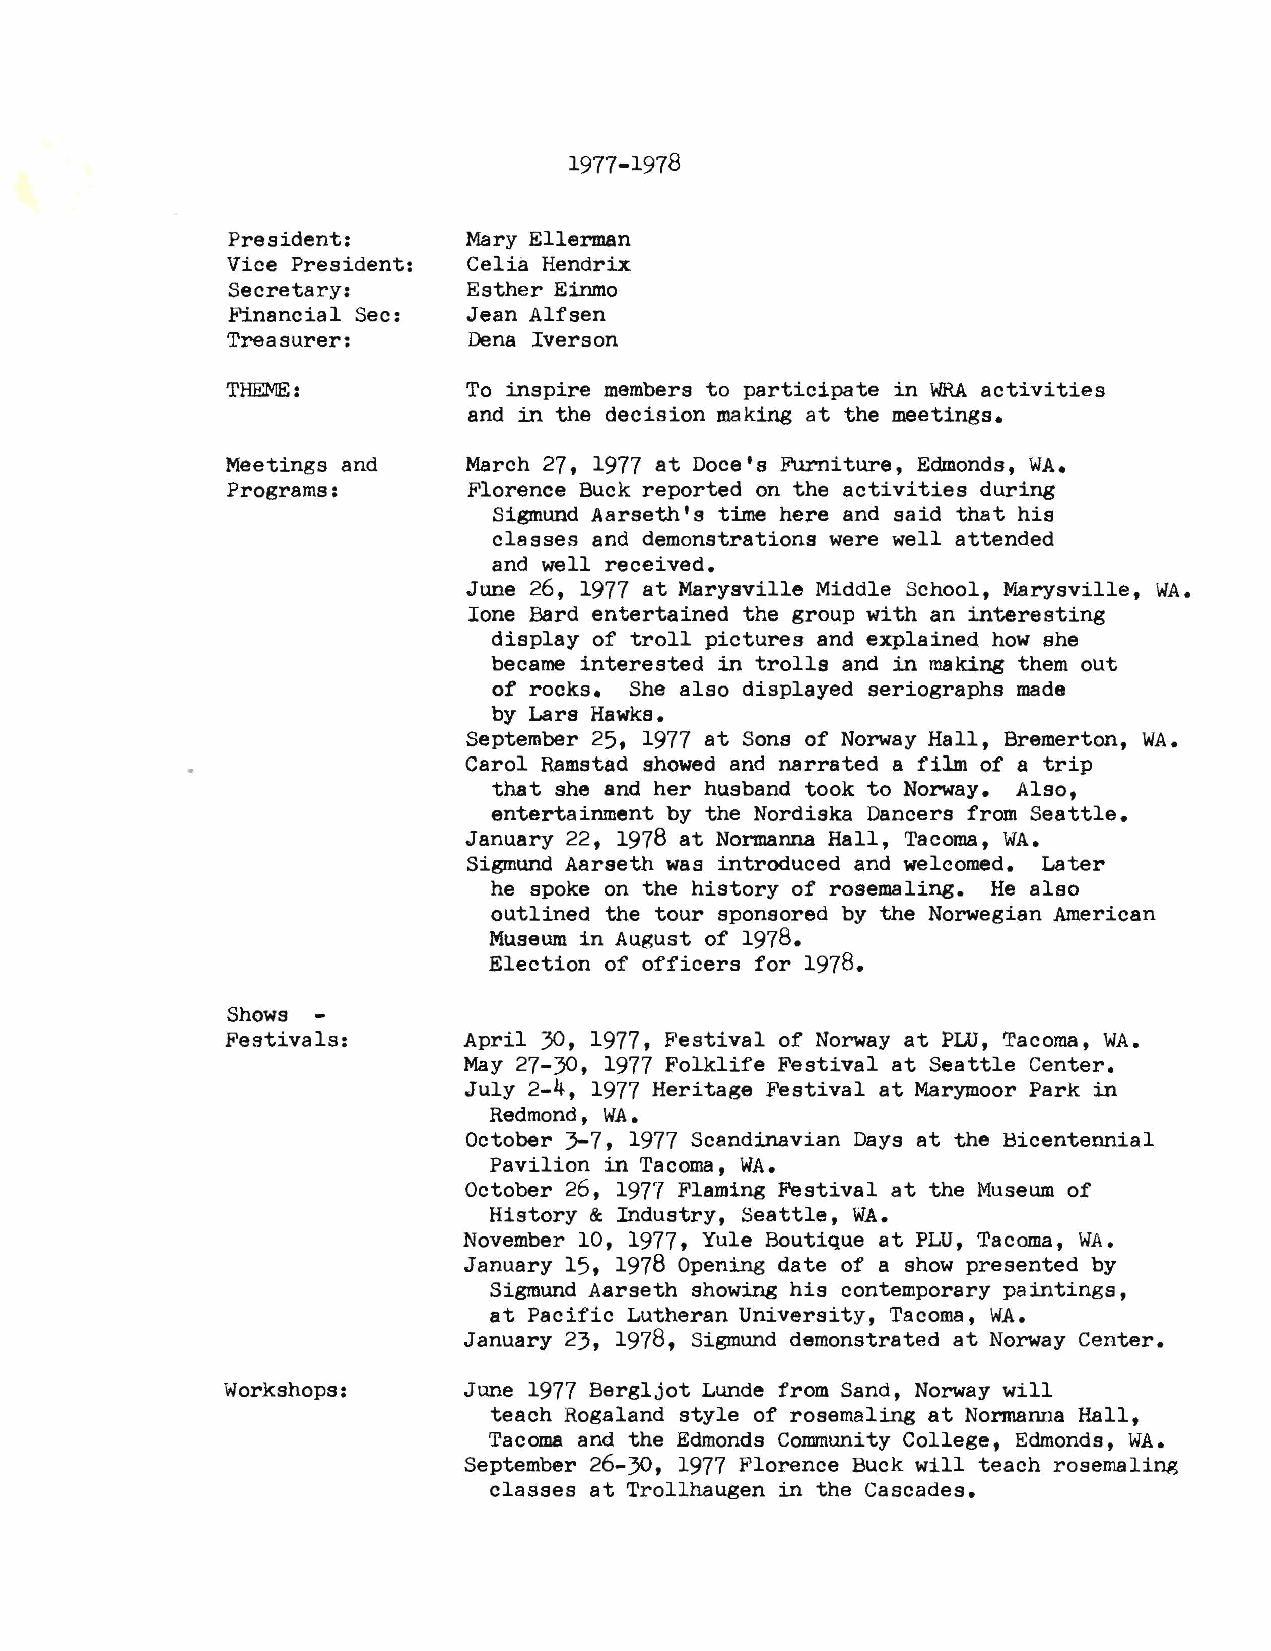
1977-1978
 President:      Mary Ellerman
 Vice President: Celia Hendrix
 Secretary:      Esther Einmo
 Financial Sec:  Jean Alfsen
 Treasurer:      Dena Iverson
 THEME:          To inspire members to participate in WRAa ctivities
 and in the decision making at the meetings.
 Meetings and    March 27, 1977 at Doce's Furniture, Edmonds, WA.
 Programs:       Florence Buck reported on the activities during
 Sigmund Aarseth 1s time here and said that his
 classes and demonstrations were well attended
 and well received.
 June 26, 1977 at Marysville Middle School, ¥~rysville, WA.
 Ione Bard entertained the group with an interesting
 display of troll pictures and explained how she
 became interested in trolls and in making them out
 of rocks. She also displayed seriographs made
 by Lars Hawks.
 September 25, 1977 at Sons of Norway Hall, Bremerton, WA.
 Carol Ramstad showed and narrated a film of a trip
 that she and her husband took to Norway. Also,
 entertainment by the Nordiska Dancers from Seattle.
 January 22, 1978 at Normanna Hall, Tacoma, WA.
 Sigmund Aarseth was introduced and welcomed. Later
 he spoke on the history of rosemaling. He also
 outlined the tour sponsored by the Norwegian American
 Museum in August of 1978.
 Election of officers for 1978.
 Shows -
 Festivals:      April 30, 1977, Festival of Norway at PLU, Tacoma, WA.
 May 27-30, 1977 Folklife Festival at Seattle Center.
 July 2-4, 1977 Heritage Festival at Marymoor Park in
 Redmond , WA•
 October 3-7, 1977 Scandinavian Days at the Bicentennial
 Pavilion in Tacoma, WA.
 October 26, 1977 Flaming Festival at the Museum of
 History & Industry, Seattle, WA.
 November 10, 1977, Yule Boutique at PLU, Tacoma, WA.
 January 15, 1978 Opening date of a show presented by
 Sigmund Aarseth showing his contemporary paintings,
 at Pacific Lutheran University, Tacoma, WA.
 January 23, 1978, Sigmund demonstrated at Norway Center.
 Workshops:      June 1977 Bergljot Lunde from Sand, Norway will
 teach Rogaland style of rosemaling at Normanna Hall,
 Tacoma and the Edmonds Community College, Edmonds, WA.
 September 26-30, 1977 Florence Buck will teach rosemaling
 classes at Trollhaugen in the Cascades.